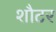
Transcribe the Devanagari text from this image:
शौटर